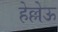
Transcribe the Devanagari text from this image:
हेल्लेऊ